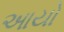
આયો